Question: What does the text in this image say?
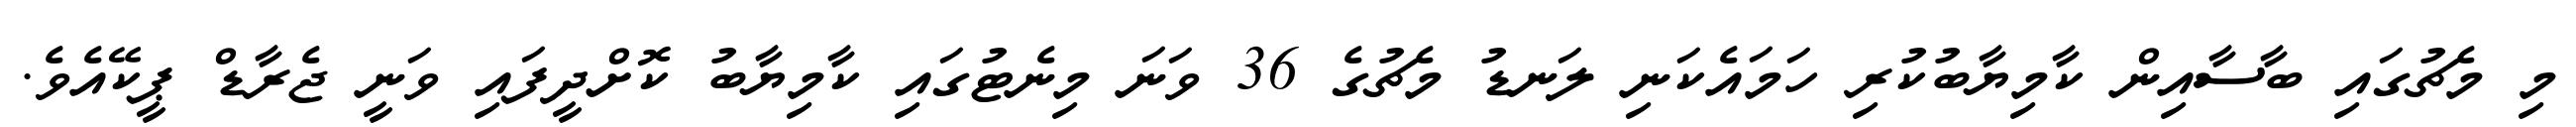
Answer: މި މެޗުގައި ބާސާއިން ކާމިޔާބުކުރި ހަމައެކަނި ލަނޑު މެޗުގެ 36 ވަނަ މިނެޓުގައި ކާމިޔާބު ކޮށްދީފައި ވަނީ ޖެރާޑް ޕީކޭއެވެ.